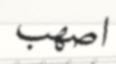
اصھب